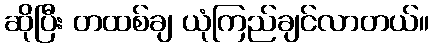
ဆိုပြီး တထစ်ချ ယုံကြည်ချင်လာတယ်။